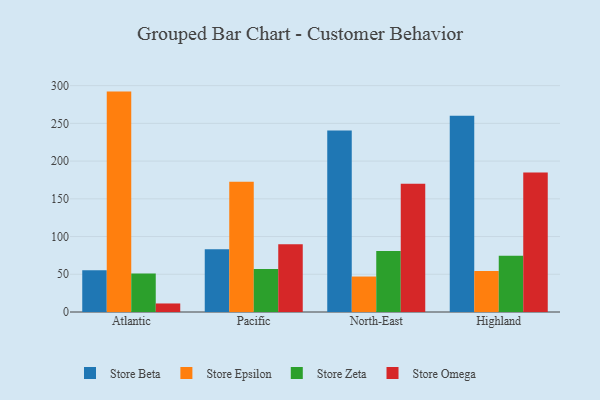
{"axis": {"x": "Region", "y": "Budget (USD K)"}, "legend": ["Store Beta", "Store Epsilon", "Store Omega", "Store Zeta"], "data": [{"x": "Atlantic", "y": 55.4, "type": "Store Beta"}, {"x": "Atlantic", "y": 292.1, "type": "Store Epsilon"}, {"x": "Atlantic", "y": 51.0, "type": "Store Zeta"}, {"x": "Atlantic", "y": 11.3, "type": "Store Omega"}, {"x": "Pacific", "y": 83.0, "type": "Store Beta"}, {"x": "Pacific", "y": 172.7, "type": "Store Epsilon"}, {"x": "Pacific", "y": 57.0, "type": "Store Zeta"}, {"x": "Pacific", "y": 89.9, "type": "Store Omega"}, {"x": "North-East", "y": 240.6, "type": "Store Beta"}, {"x": "North-East", "y": 47.0, "type": "Store Epsilon"}, {"x": "North-East", "y": 81.0, "type": "Store Zeta"}, {"x": "North-East", "y": 170.1, "type": "Store Omega"}, {"x": "Highland", "y": 260.2, "type": "Store Beta"}, {"x": "Highland", "y": 54.3, "type": "Store Epsilon"}, {"x": "Highland", "y": 74.4, "type": "Store Zeta"}, {"x": "Highland", "y": 184.8, "type": "Store Omega"}]}